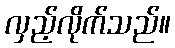
လှည့်လိုက်သည်။